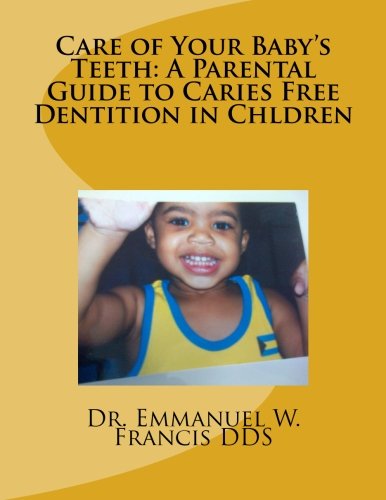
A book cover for Care of Your Baby's Teeth: A Parental Guide to Caries Free Dentition in Chldren (Volume 1); Dr, Emmanuel Wesley Francis DDS; Medical Books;